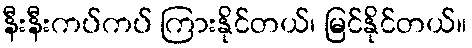
နီးနီးကပ်ကပ် ကြားနိုင်တယ်၊ မြင်နိုင်တယ်။